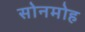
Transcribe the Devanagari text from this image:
सोनमोह